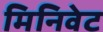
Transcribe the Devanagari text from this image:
मिनिवेट